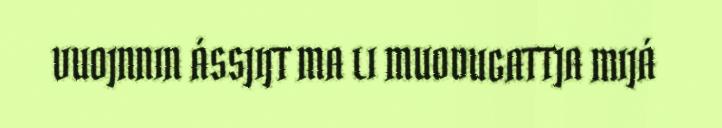
VUOJNNIN ÁSSJIJT MA LI MUODUGATTJA MIJÁ